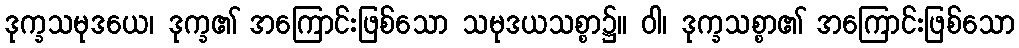
ဒုက္ခသမုဒယေ၊ ဒုက္ခ၏ အကြောင်းဖြစ်သော သမုဒယသစ္စာ၌။ ဝါ၊ ဒုက္ခသစ္စာ၏ အကြောင်းဖြစ်သော